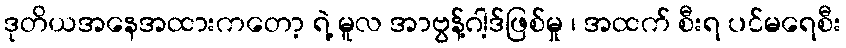
ဒုတိယအနေအထားကတော့ ရဲ့ မူလ အာဗွန့်ဂါ့ဒ်ဖြစ်မှု ၊ အထက် စီးရ ပင်မရေစီး